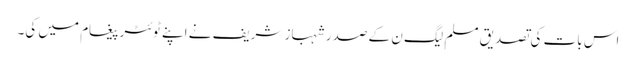
اس بات کی تصدیق مسلم لیگ ن کے صدر شہباز شریف نے اپنے ٹوئٹر پیغام میں کی۔